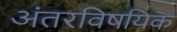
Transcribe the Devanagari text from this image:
अंतरविषयिक